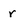
Character: r